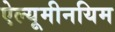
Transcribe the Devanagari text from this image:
ऐल्यूमीनयिम